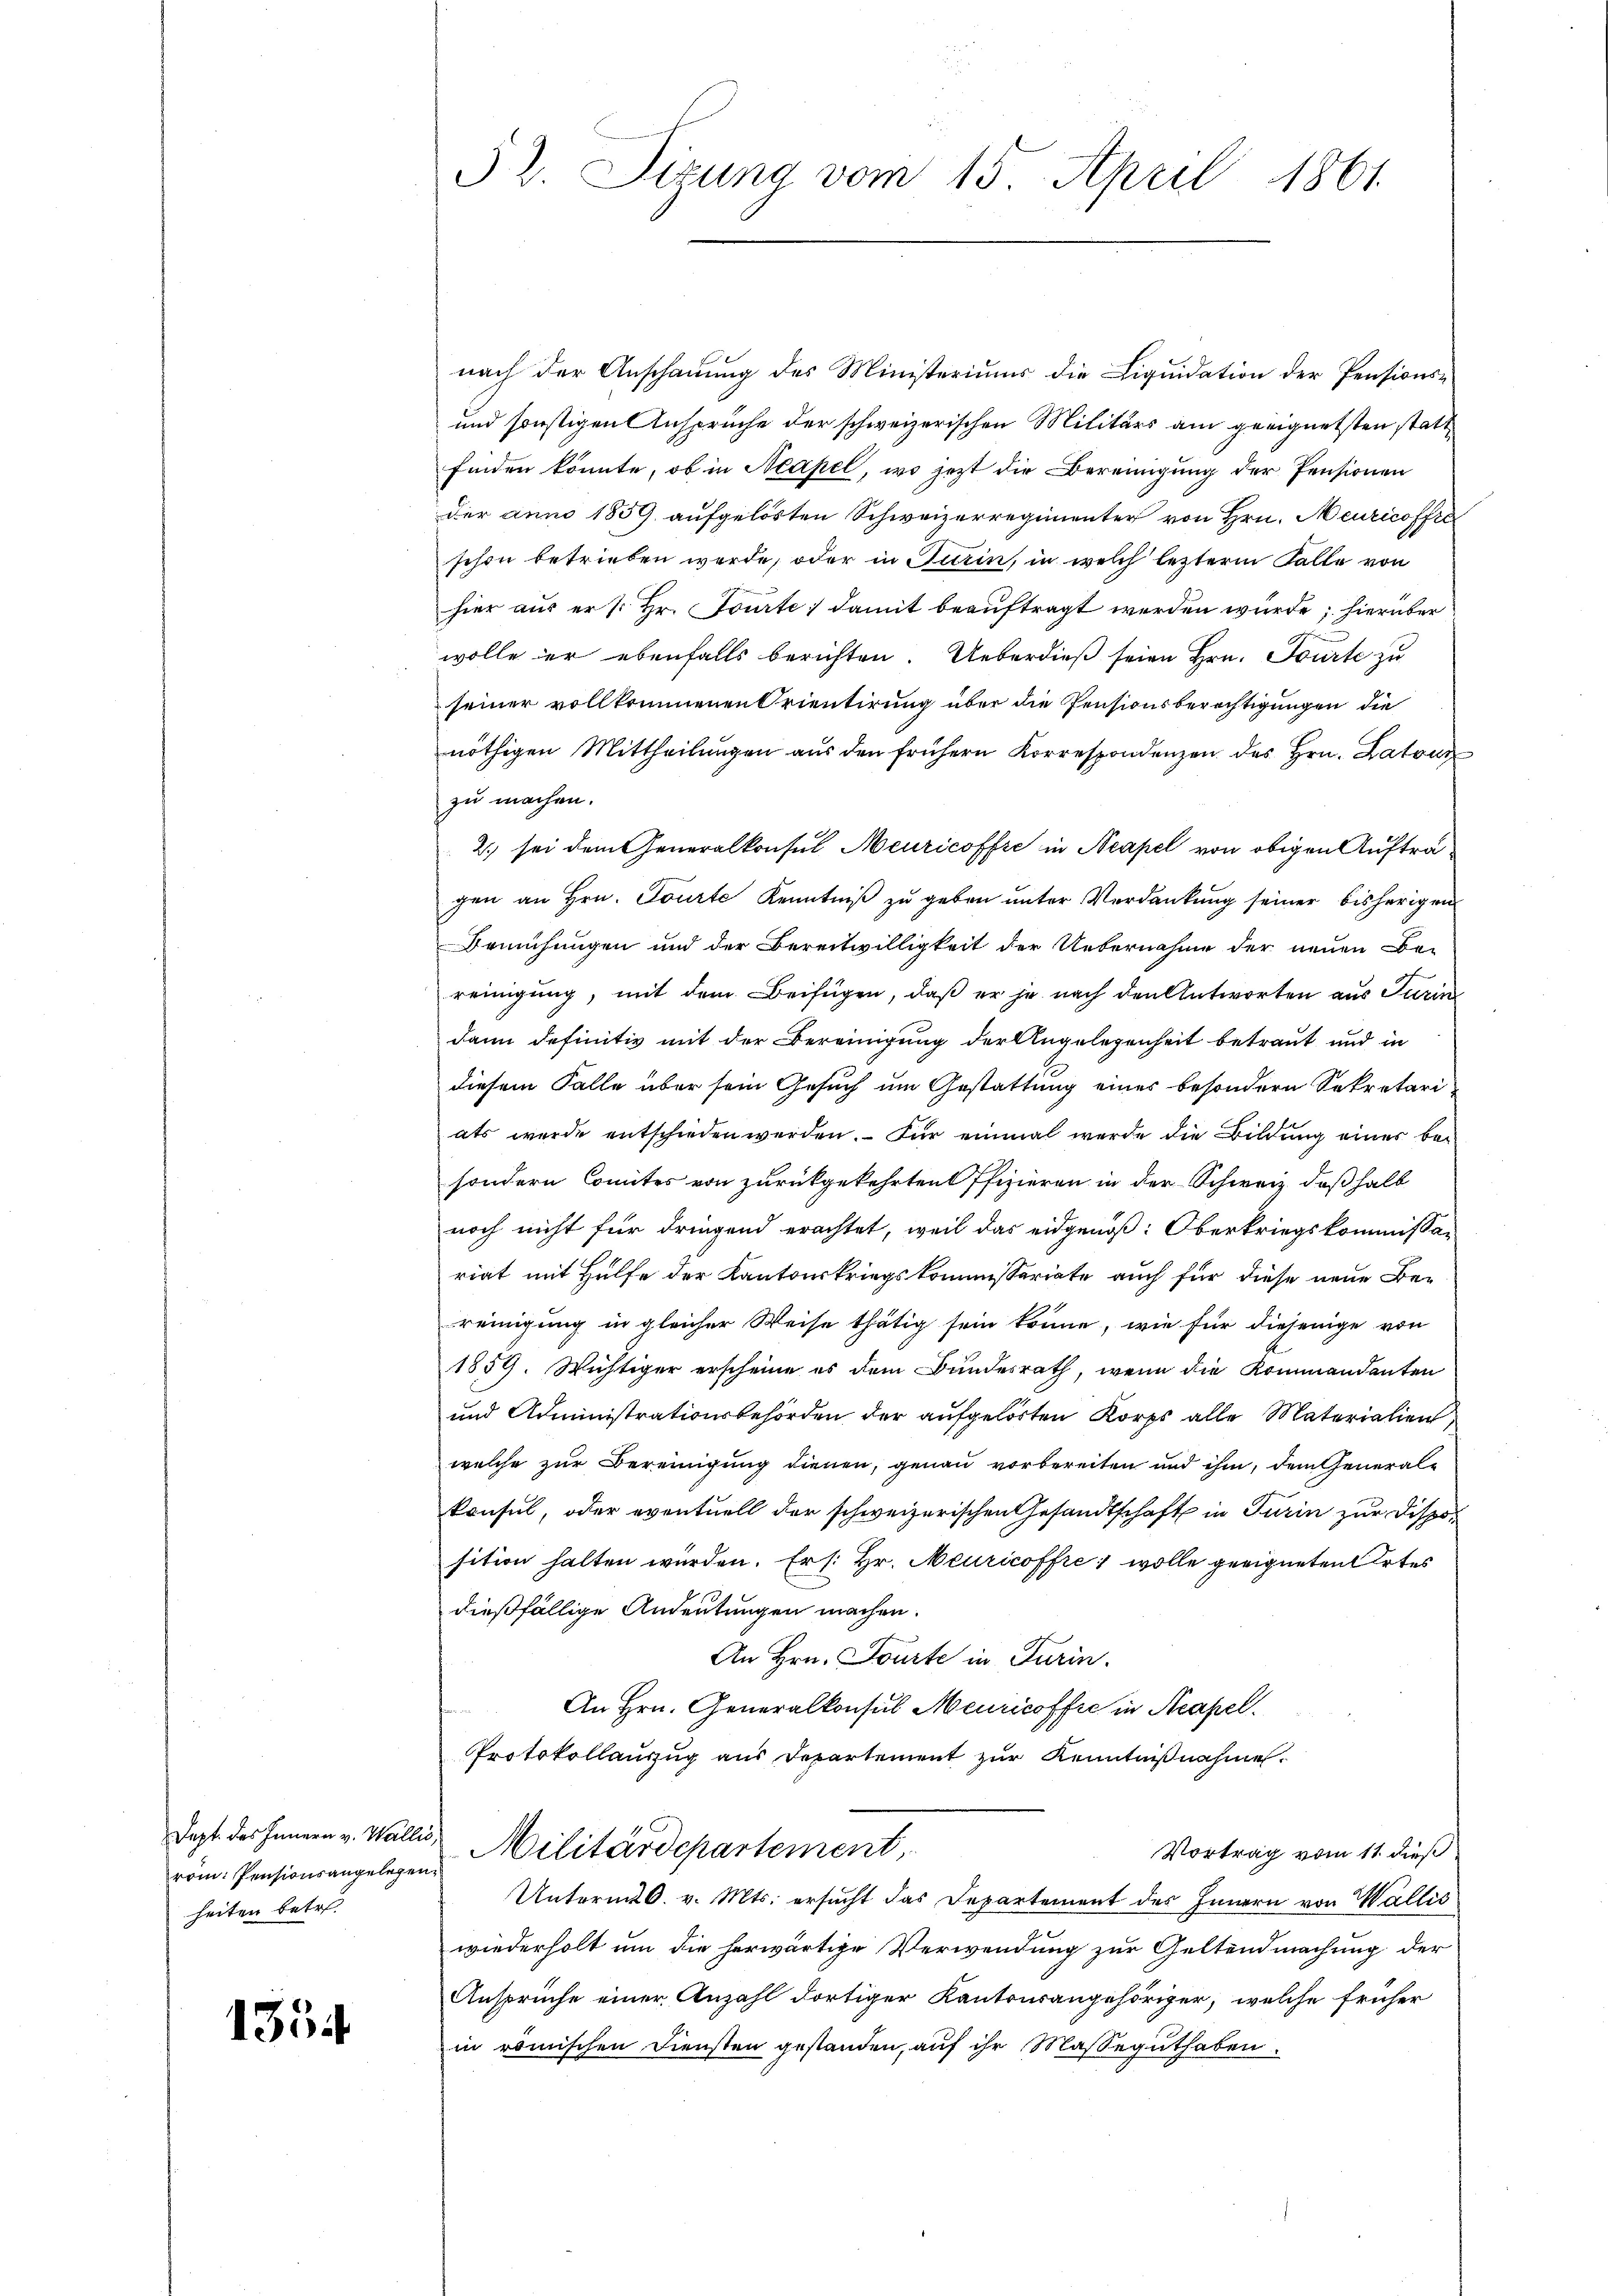
rom: Pensionsangelegenheiten betr.

1354

52. Sizung vom 15. April 1861.

nach der Anschauung des Ministeriums die Liquidation der Pensions-
und sonstigen Anspruche der schweizerischen Militärs am geeignetsten statt
finden könnte, ob in Mapel, wo jezt die Bereinigung der Pensionen
der anno 1859 aufgelösten Schweizerregimenter von Hrn. Meuricoffra
schon betrieben werde, oder in Turin, in welch lezterm Falle von
hier aus er /: Hr. Tourte; damit beauftragt werden würde; hierüber
wolle er ebenfalls berichten. Ueberdieß seien Hrn. Tourte zu
seiner vollkommenen Orientirung über die Pensionsberichtigungen die
nöthigen Mittheilungen aus den frühern Korrespondenzen des Hrn. Katour
zu machen.
2.) sei dem Generalkonsul Meuricoffre in Neapel von obigen Aufträgen an Hrn. Tourte Kenntniß zu geben unter Verdankung seiner bisherigen
Bemühungen und der Bereitwilligkeit der Uebernahme der neuen Be-
reinigung, mit dem Beifügen, daß er je nach den Antworten aus Turin
dann definitiv mit der Bereinigung der Angelegenheit betraut und in
diesem Falle über sein Gesuch um Gestattung eines besondern Sekretäri
ats wurde entschieden werden. Für einmal wurde die Bildung eines besondern Comiter von zurückgekehrten Pfizieren in der Schweiz deßhalb
noch nicht für dringend erachtet, weil das eidgenöß: Oberkriegskommissa-
riat mit Hülfe der Kantonskriegskommissariate auch für diese neue Bereinigung in gleicher Weise thätig sein könne, wie für diejenige von
1859. Wichtiger erscheine es dem Bundesrath, wenn die Kommandanten
und Administrationsbehörden der aufgelörten Korps alle Materialien
welche zur Bereinigung dienen, genau vorbereiten und ihm, dem Generalkonsul, oder eventuell der schweizerischen Gesandtschaft in Turin zur Disposition halten wurden. Er /: Hr. Meuricoffre wolle geeigneten Ortes
dießfällige Andeutungen machen.
An Hrn. Tourte in Turin.
An Hrn. Generalkonsus Meuricoffre in Neapel.
Protokollanzug aus Departement zur Kenntnißnahme.
Dezt des Jennen v. Wallis, Militärdepartement
Vortrag vom 11. dieß
Unterm 6. v. Mts. ersucht das Departement des Innern von Wallis
wiederholt um die herwärtige Verwendung zur Geltendmachung der
Ansprüche einer Anzahl dortiger Kantonsangehöriger, welche früher
in römischen Diensten gestanden, auf ihr Masseguthaben.